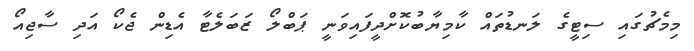
މިމެޗުގައި ސިޓީގެ ލަނޑުތައް ކާމިޔާބުކޮށްދީފައިވަނީ ޕަބްލޯ ޒަބަލެޓާ އެޑިން ޖެކޯ އަދި ސާޖިއޯ